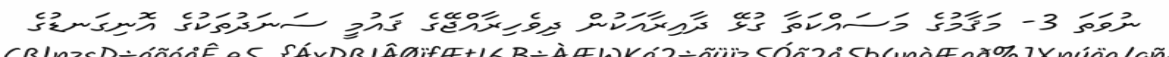
ނުވަތަ 3- މަޤާމުގެ މަސައްކަތާ ގުޅޭ ދާއިރާއަކުން ދިވެހިރާއްޖޭގެ ޤައުމީ ސަނަދުތަކުގެ އޮނިގަނޑުގެ